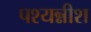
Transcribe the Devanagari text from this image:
पश्यन्नीश